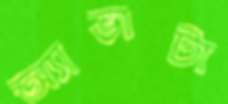
অ্যাভাটা